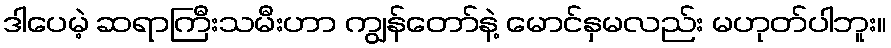
ဒါပေမဲ့ ဆရာကြီးသမီးဟာ ကျွန်တော်နဲ့ မောင်နှမလည်း မဟုတ်ပါဘူး။